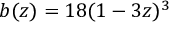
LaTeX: b ( z ) = 1 8 ( 1 - 3 z ) ^ { 3 }